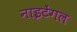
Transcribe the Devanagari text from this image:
नाइटेंगल